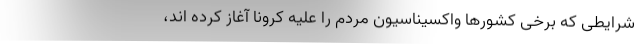
شرایطی که برخی کشورها واکسیناسیون مردم را علیه کرونا آغاز کرده اند،